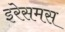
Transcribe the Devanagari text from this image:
इरेसमस